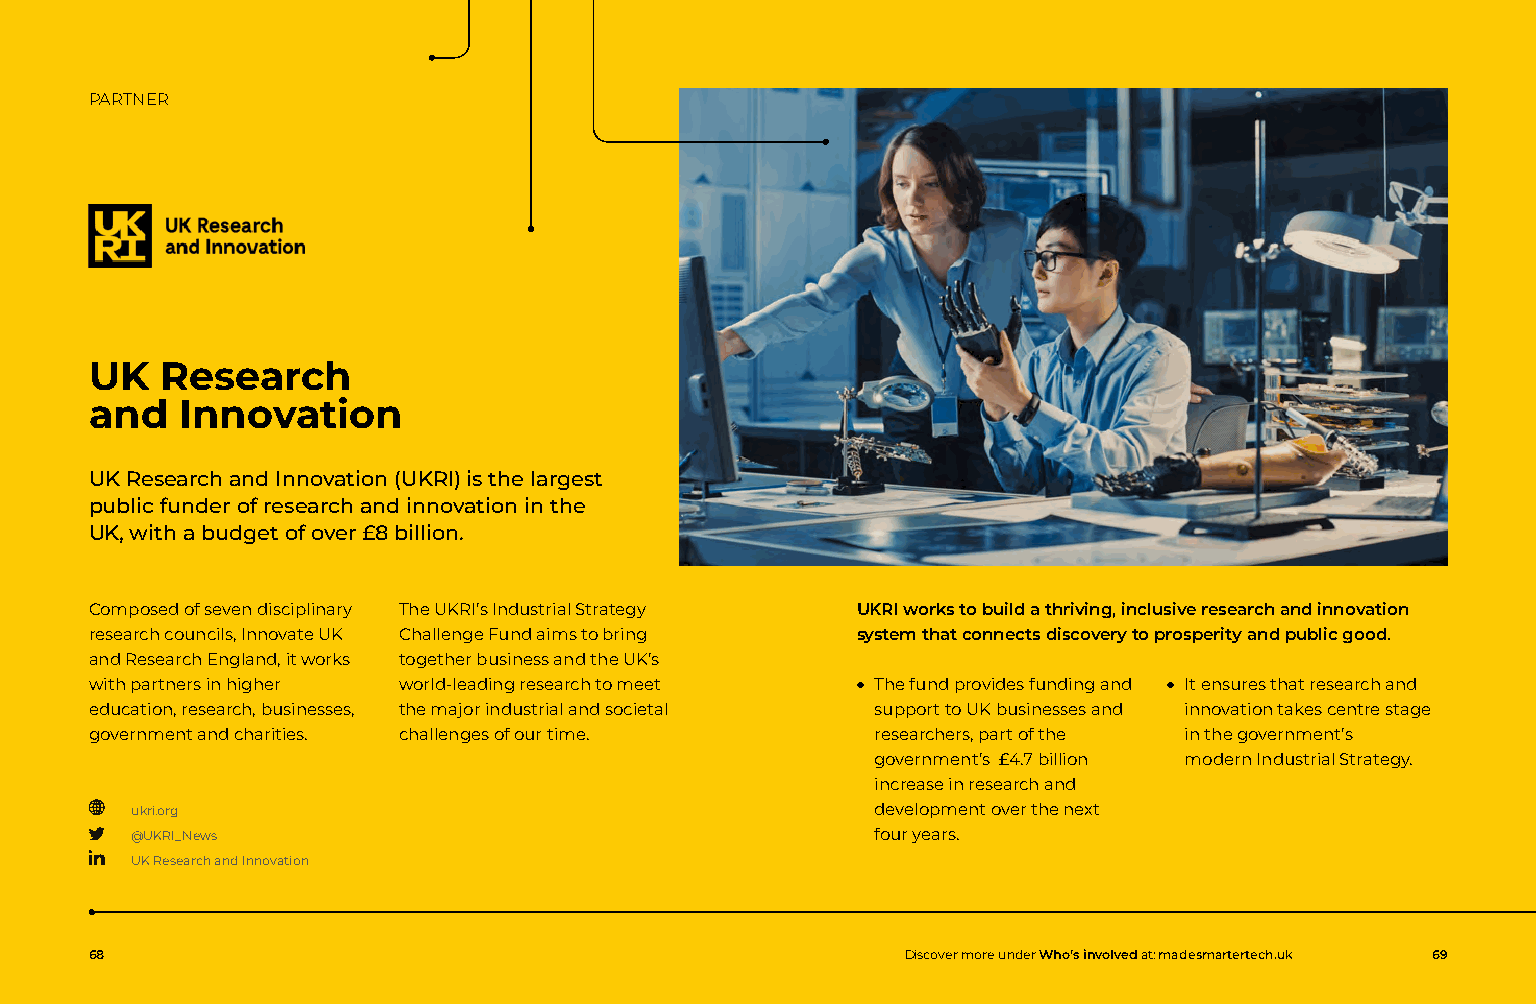
PARTNER
 UK   Research
 and   Innovation
 UK Research and Innovation (UKRI) is the largest
 public funder of research and innovation in the
 UK, with a budget of over £8 billion.
 Composed of seven disciplinary The UKRI’s Industrial Strategy UKRI works to build a thriving, inclusive research and innovation
 research councils, Innovate UK Challenge Fund aims to bring system that connects discovery to prosperity and public good.
 and Research England, it works together business and the UK’s
 with partners in higher world-leading research to meet ● T he fund provides funding and ● I t ensures that research and
 education, research, businesses, the major industrial and societal support to UK businesses and innovation takes centre stage
 government and charities. challenges of our time.   researchers, part of the in the government’s
 government’s £4.7 billion modern Industrial Strategy.
 increase in research and
 ukri.org                                         development over the next
 @UKRI_News                                       four years.
 UK Research and Innovation
 68                                                    Discover more under Who’s involved at: madesmartertech.uk 69